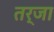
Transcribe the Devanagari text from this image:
तर्जा